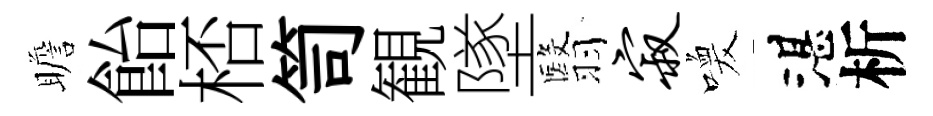
瞻飴桮笥観墜翳寂喚湛析